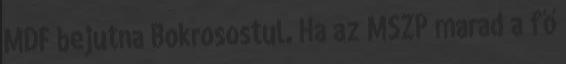
MDF bejutna Bokrosostul. Ha az MSZP marad a fő